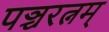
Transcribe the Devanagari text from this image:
पञ्चरत्नम्